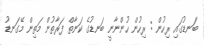
ބަނޑުގައި ރިހުން : ރިހުން ހުންނާނީ ބަނޑުގެ ކަނާތް ފަރާތުން މަތިން މޭގަނޑު